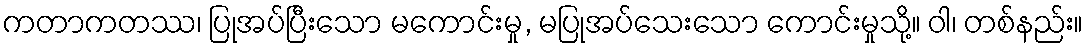
ကတာကတဿ၊ ပြုအပ်ပြီးသော မကောင်းမှု, မပြုအပ်သေးသော ကောင်းမှုသို့။ ဝါ၊ တစ်နည်း။